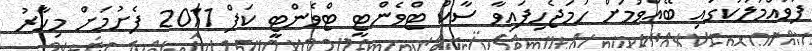
ފުވައްމުލަކުގައި ބޭއްވުމަށް ހަމަޖެހިފައިވާ ސާކް ޓްވެންޓީ ޓްވެންޓީ ކަޕް 2011 ފެށުމަށް މިހާރު